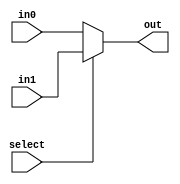
module mux_2_31(out,select,in0,in1);
    input select;
    input [30:0] in0, in1;
    output [30:0] out;
    assign out = select ? in1 : in0;
endmodule